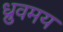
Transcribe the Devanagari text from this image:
ध्रुवमय